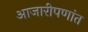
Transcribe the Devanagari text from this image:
आजारीपणांत